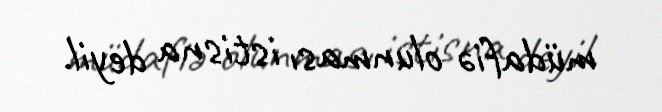
müdafiə olunması istisna deyil.